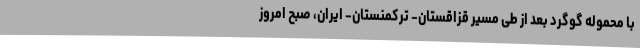
با محموله گوگرد بعد از طی مسیر قزاقستان- ترکمنستان- ایران، صبح امروز